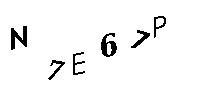
N7E67P